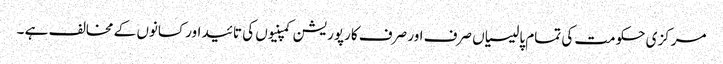
مرکزی حکومت کی تمام پالیسیاں صرف اور صرف کارپوریشن کمپنیوں کی تائید اور کسانوں کے مخالف ہے ۔